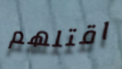
اقتلهم